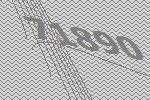
71890